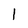
Character: 1